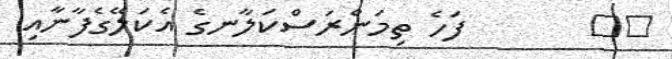
١٥       ފަހެ ތިމަންރަސްކަލާނގެ އެކަލޭގެފާނާއި